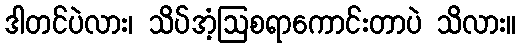
ဒါတင်ပဲလား၊ သိပ်အံ့ဩစရာကောင်းတာပဲ သိလား။